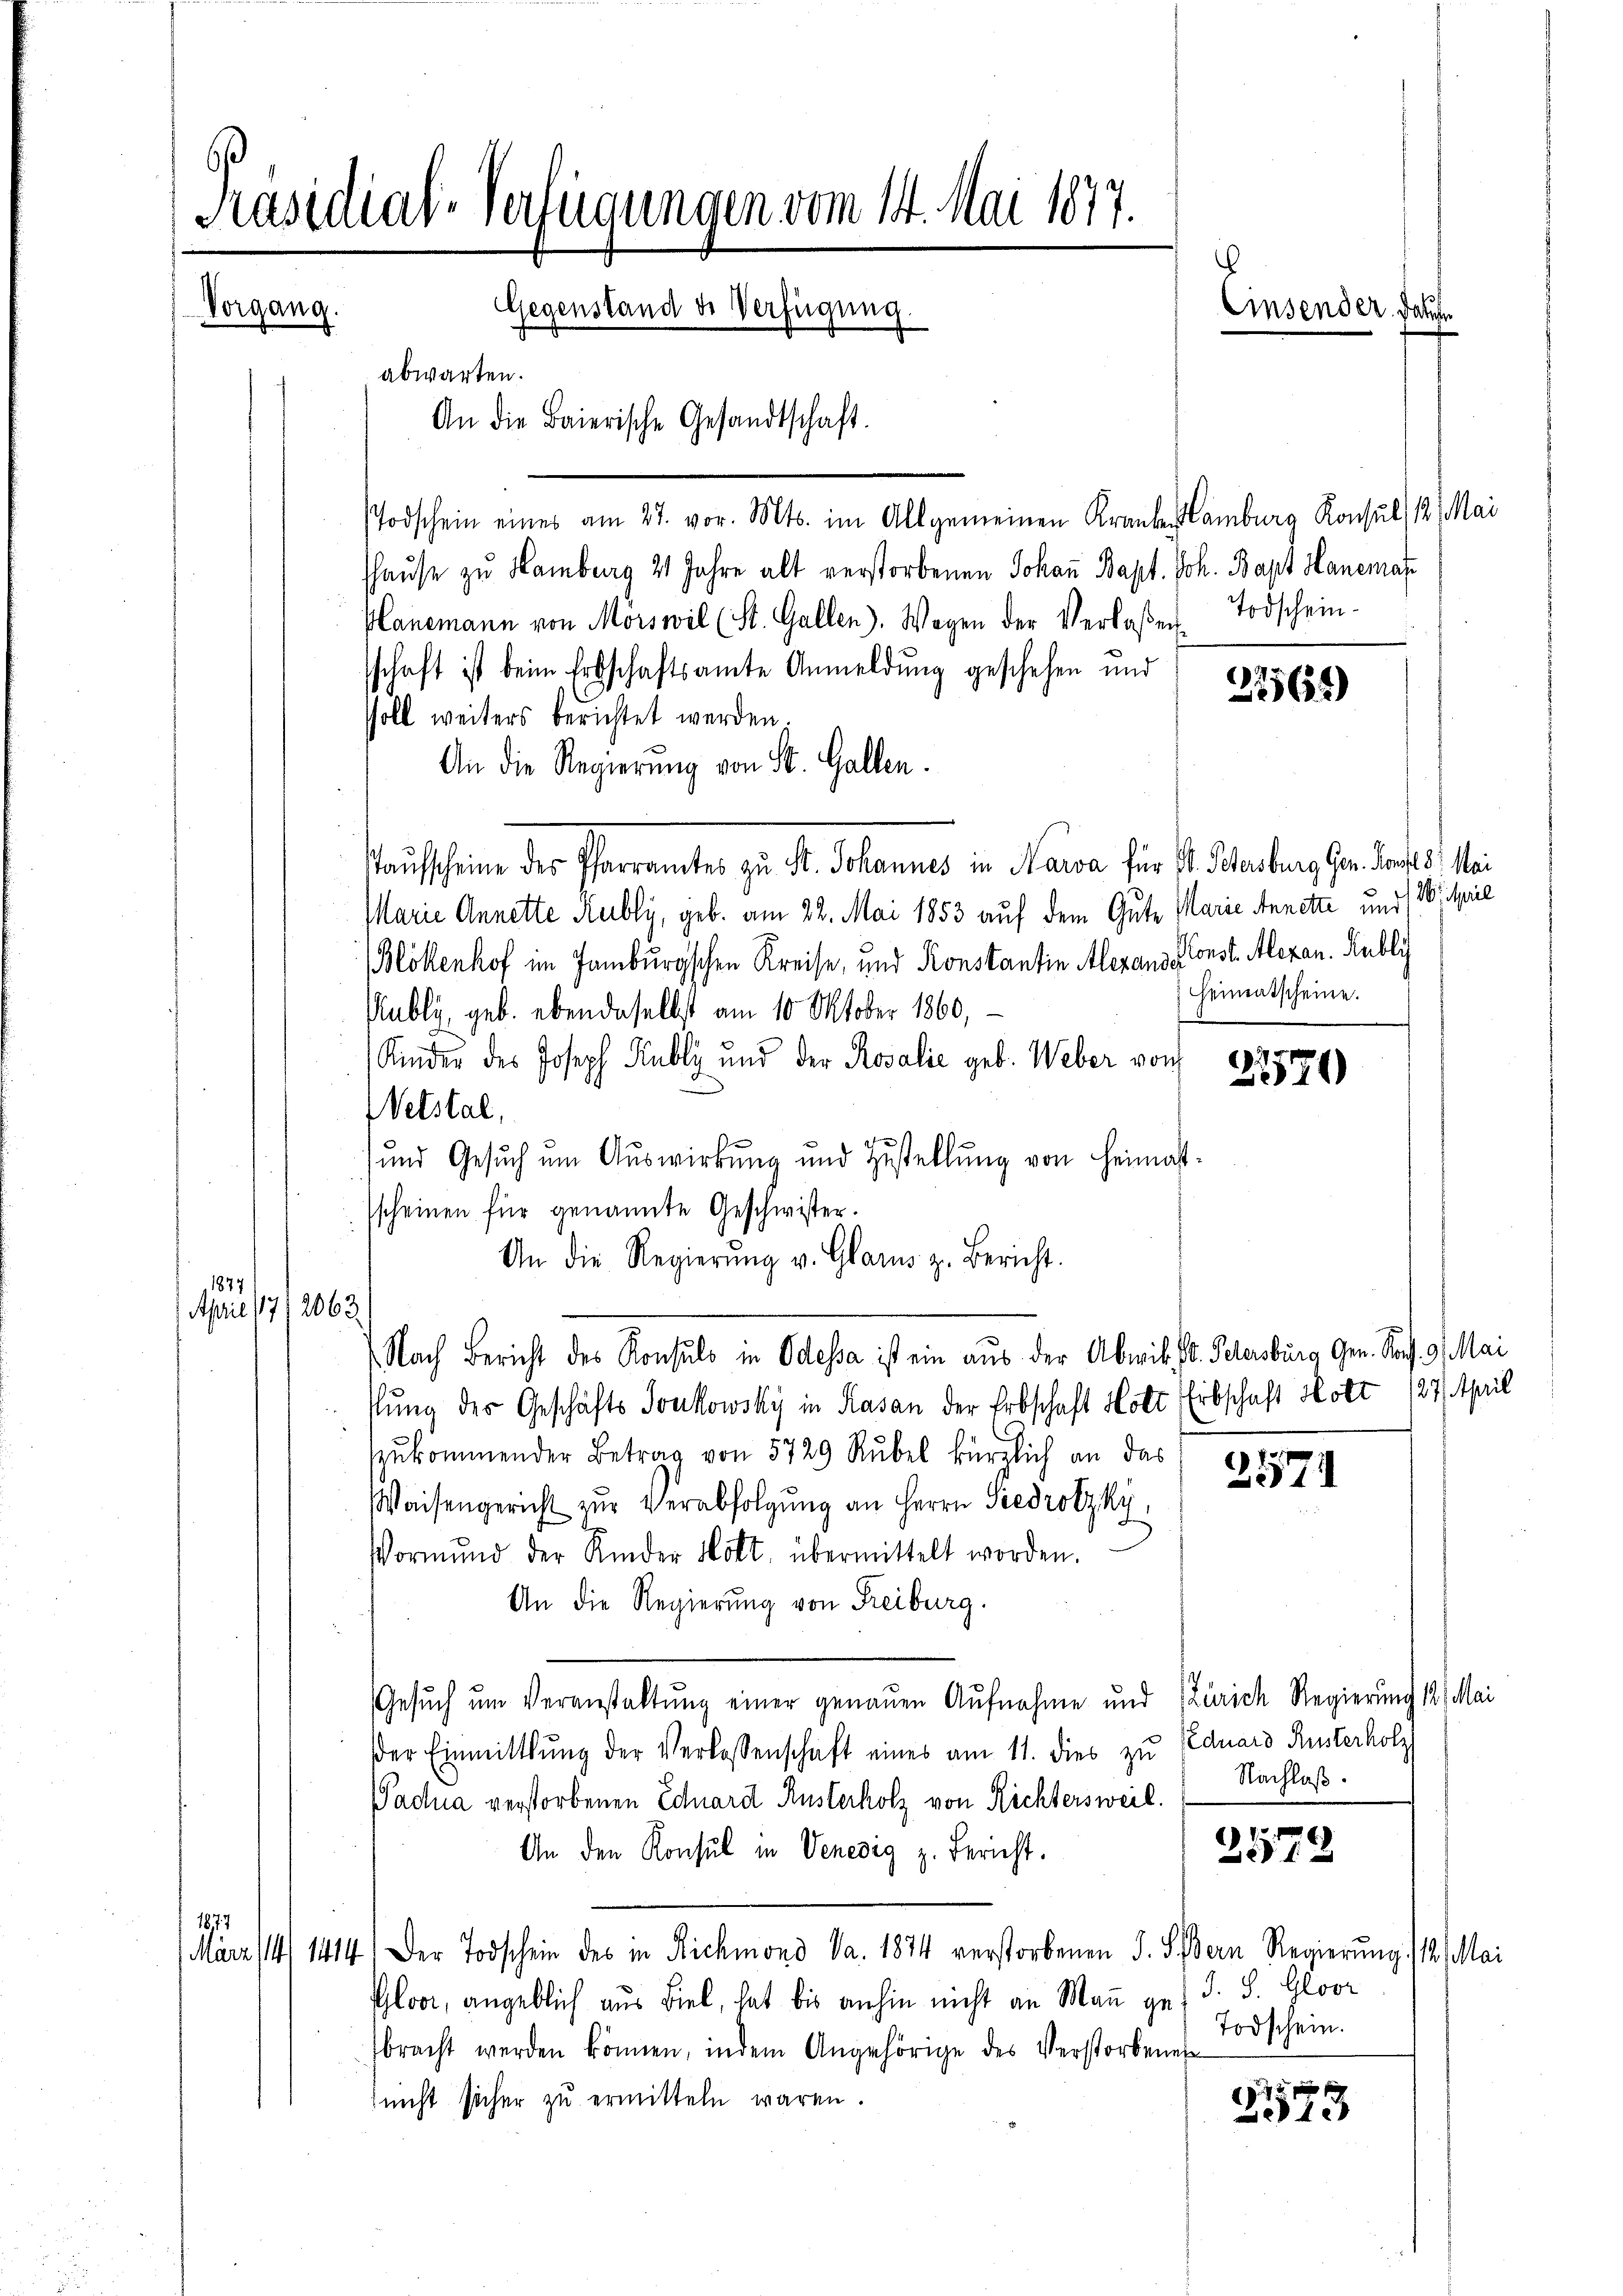
Vorgang.

Präsidial-Verfügungen vom 14. Mai 1877.
.
Gegenstand de Verfügung.
Einsender. Jauch
abwarten.
An die Baierische Gesandtschaft.

Todschein eines am 27. vor. Mts. im Allgemeinen Kranken amburg Konsul /12. Mai
haŭse zu Hamberg 21 Jahre alt verstorbenen Johaṅ Bapt. Joh. Bapt Hanemas
Planemann von Morswil (St. Gallen. Wagen der Verlaßen Todschein-
sschaft ist beim Erbschaftsamte Anmeldung geschehen und
soll weiters berichtet werden
An die Regierung von St. Gallen.
Pauscheine der Pfarramtes zu St. Johannes in Nawa für A. Sterberg an darf es sei
Marie Annette Rubly, geb. am 22. Mai 1853 auf dem Gute Marie Annette und W. April
(Blökenhof im Jamburgschen Kreise, und Konstantin Alexans Const. Alexan. Rublich
Kubli, geb. ebendaselbst am 10 Oktober 1860,
Kinder des Joseph Kubli und der Rosalie geb. Weber von
Netstal,
und Gesŭch ŭm Aŭswirkŭng und Zustellŭng von Heimat-
sscheinen für genannte Geschwister.
An die Regierŭng v. Glarus z. Bericht.
1877
April 1712063
Nach Bericht des Konsuls in Odessa ist ein aus der Abwik. V. Petersburg Gen. So f. 9. Mai
slung des Geschäfts Soukowsky in Kasan der Erbschaft Hotz Erbschaft Holt 127. April
zukommender Betrag von 5729 Rubel kürzlich an das
2571
Waisengericht zur Verabfolgung an Herrn Gedrotzky,
Vormund der Kinder Holt, übermittelt worden.
An die Regierung von Freiburg.
Gesuch um Veranstaltung einer genauen Aufnahme und Zürich Regierung 12. Mai
der Einmittlung der Verlassenschaft eines am 11. dies zu Eduars Rusterholz
Nachlaß.
Padua verstorbenen Eduard Rusterholz von Richtersweil.
.
An den Konsul in Venedig z. Bericht.
572
1877
März 114/ 1414) Der Todschein des in Richmond da. 1874 verstorbenen S. S. Bern Regierung 112. Mai
Ploo, angeblich aus Biel, hat bis anhin nicht an Man ges. S. S. Gloor
Todschein.
bracht werden können, indem Angehörige des Verstorbenen
72
nicht sicher zu ermitteln waren.
10

Heimatscheine.

2770

275655)

r